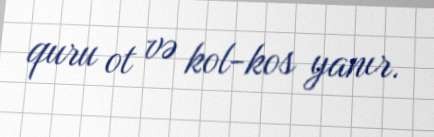
quru ot və kol-kos yanır.